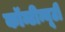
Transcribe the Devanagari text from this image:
कॉन्टीन्यूटी